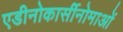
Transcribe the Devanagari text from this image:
एडीनोकार्सीनोमाओं